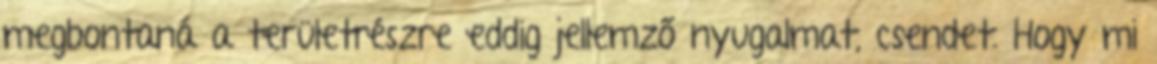
megbontaná a területrészre eddig jellemző nyugalmat, csendet. Hogy mi